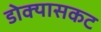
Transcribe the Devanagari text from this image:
डोक्यासकट